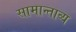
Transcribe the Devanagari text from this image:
सामान्ताव्य